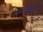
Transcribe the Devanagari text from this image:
समक्षणिकता।